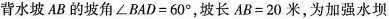
背水坡AB的坡角$$\angle BAD=60^{\circ}$$，坡长$$AB=20$$米，为加强水坝